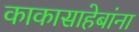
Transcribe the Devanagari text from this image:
काकासाहेबांना